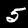
Label: 5